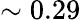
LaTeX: \sim 0.29